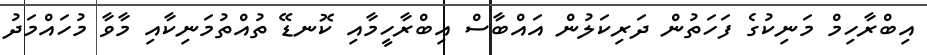
އިބްރާހިމް މަނިކުގެ ފަހަތުން ދަރިކަލުން އައްބާސް އިބްރާހީމާއި ކޮނޑޭ ތުއްތުމަނިކާއި މާވާ މުހައްމަދު